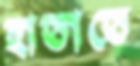
হাতাতে